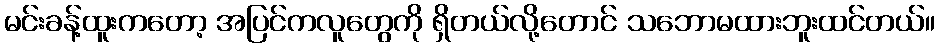
မင်းခန့်ထူးကတော့ အပြင်ကလူတွေကို ရှိတယ်လို့တောင် သဘောမထားဘူးထင်တယ်။